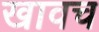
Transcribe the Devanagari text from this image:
खावच